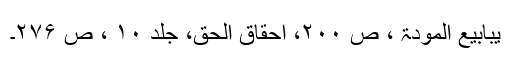
یبابیع المودۃ ، ص ۲۰۰، احقاق الحق، جلد ۱۰ ، ص ۲۷۶۔